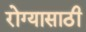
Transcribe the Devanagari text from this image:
रोग्यासाठी